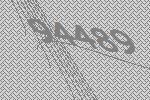
94489